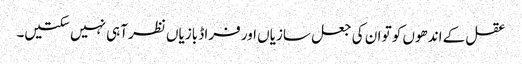
عقل کے اندھوں کو تو ان کی جعل سازیاں اور فراڈ بازیاں نظر آہی نہیں سکتیں۔